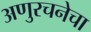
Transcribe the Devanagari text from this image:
अणुरचनेचा